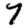
Digit: 7